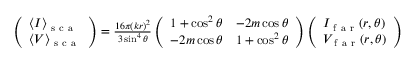
\begin{array} { r } { \left( \begin{array} { l } { \langle I \rangle _ { \mathrm { ~ s ~ c ~ a ~ } } } \\ { \langle V \rangle _ { \mathrm { ~ s ~ c ~ a ~ } } } \end{array} \right) = \frac { 1 6 \pi ( k r ) ^ { 2 } } { 3 \sin ^ { 4 } \theta } \left( \begin{array} { l l } { 1 + \cos ^ { 2 } \theta } & { - 2 m \cos \theta } \\ { - 2 m \cos \theta } & { 1 + \cos ^ { 2 } \theta } \end{array} \right) \left( \begin{array} { l } { I _ { \mathrm { ~ f ~ a ~ r ~ } } ( r , \theta ) } \\ { V _ { \mathrm { ~ f ~ a ~ r ~ } } ( r , \theta ) } \end{array} \right) } \end{array}